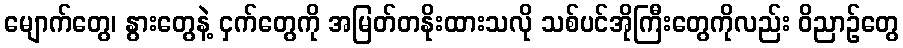
မျောက်တွေ၊ နွားတွေနဲ့ ငှက်တွေကို အမြတ်တနိုးထားသလို သစ်ပင်အိုကြီးတွေကိုလည်း ဝိညာဉ်တွေ